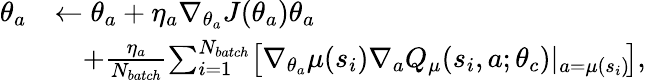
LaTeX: \begin{array}{rl}{\theta_{a}}&{\leftarrow\theta_{a}+\eta_{a}\nabla_{\theta_{a}}J(\theta_{a})\theta_{a}}\\ &{\quad+\frac{\eta_{a}}{N_{batch}}\! \sum_{i=1}^{N_{batch}}\! \left[\nabla_{\theta_{a}}\mu(s_{i})\nabla_{a}{{Q}}_{\mu}(s_{i},a;\theta_{c})|_{a=\mu(s_{i})}\! \right],}\end{array}